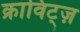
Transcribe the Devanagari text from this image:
क्राविट्ज़